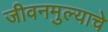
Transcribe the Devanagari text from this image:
जीवनमुल्याचे